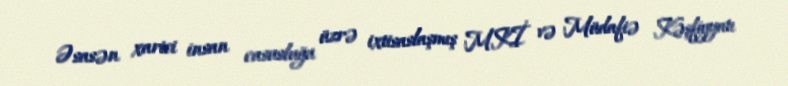
Əsasən xarici insan casusluğu üzrə ixtisaslaşmış MKİ və Müdafiə Kəşfiyyatı